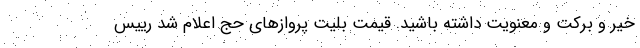
خیر و برکت و معنویت داشته باشید. قیمت بلیت پروازهای حج اعلام شد رییس